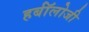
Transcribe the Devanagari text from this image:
हर्बॉलोजी